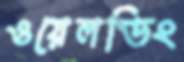
ওয়েলডিং